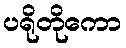
ပရိုတိုကော